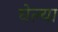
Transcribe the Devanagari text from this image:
घेल्या